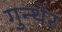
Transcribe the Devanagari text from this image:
गुन्थेर